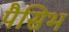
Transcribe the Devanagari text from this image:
पैसिभ